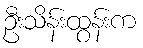
ဦးသိန်းထွန်းက